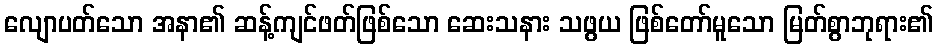
လျောပတ်သော အနာ၏ ဆန့်ကျင်ဖတ်ဖြစ်သော ဆေးသနား သဖွယ ဖြစ်တော်မူသော မြတ်စွာဘုရား၏